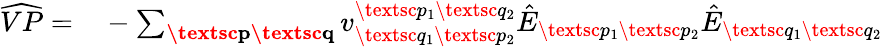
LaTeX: \begin{array}{rl}{\widehat{VP}=}&{{}-\sum_{\substack{\textbf{\textsc{p}}\textbf{\textsc{q}}}}v_{\textsc{q}_{1}\textsc{p}_{2}}^{\textsc{p}_{1}\textsc{q}_{2}}\hat{E}_{\textsc{p}_{1}\textsc{p}_{2}}\hat{E}_{\textsc{q}_{1}\textsc{q}_{2}}}\end{array}